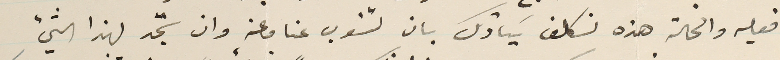
فعليه والحالة هذه نكلف سَيادتك بان تنوب عنا وعنه وان تجد لهذا الشيء